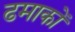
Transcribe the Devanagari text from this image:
ढमाकों